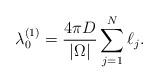
LaTeX: \begin{align*}\lambda_0^{(1)}=\frac{4\pi D}{|\Omega|} \sum_{j=1}^N\ell_j.\end{align*}